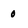
Character: 0